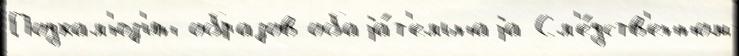
Подхал'юз'ин образов обаjа́т'ельнаjа Сл'е́дств'енном